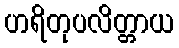
ဟရိတုပလိတ္တာယ